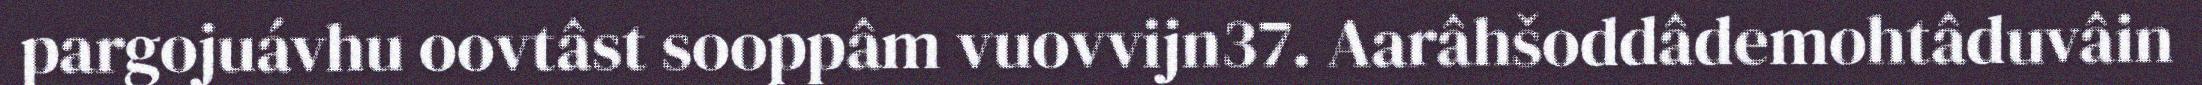
pargojuávhu oovtâst sooppâm vuovvijn37. Aarâhšoddâdemohtâduvâin